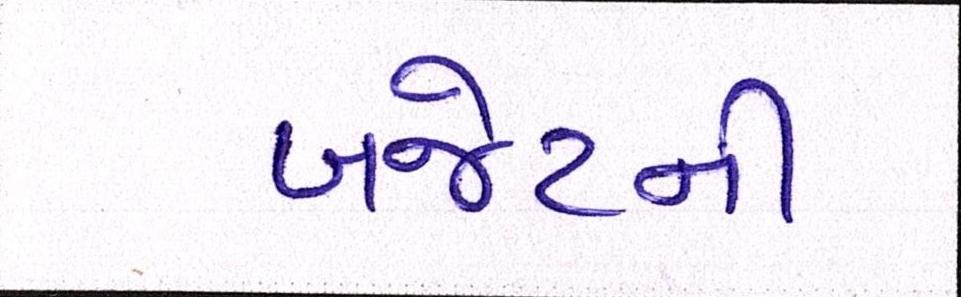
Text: બજેટની